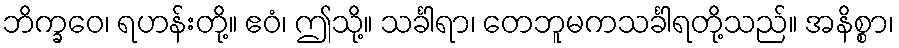
ဘိက္ခဝေ၊ ရဟန်းတို့။ ဧဝံ၊ ဤသို့။ သင်္ခါရာ၊ တေဘူမကသင်္ခါရတို့သည်။ အနိစ္စာ၊